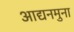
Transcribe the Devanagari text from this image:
आद्यनमुना